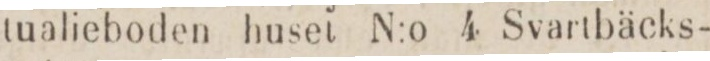
tualieboden huset N:o 4 Svartbäcks-